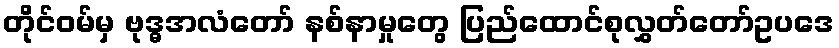
တိုင်ဝမ်မှ ဗုဒ္ဓအလံတော် နစ်နာမှုတွေ ပြည်ထောင်စုလွှတ်တော်ဥပဒေ